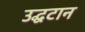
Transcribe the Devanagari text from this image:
उद्घटान